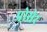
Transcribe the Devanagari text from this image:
प्रोसेर